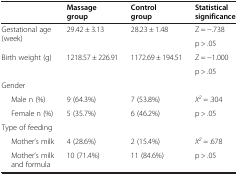
|  | Massage group | Control group | Statistical significance |
 | --- | --- | --- | --- |
 | <ROWSPAN=2> Gestational age (week) | <ROWSPAN=2> 29.42 ± 3.13 | <ROWSPAN=2> 28.23 ± 1.48 | Z = −.738 |
 | p > .05 |
 | <ROWSPAN=2> Birth weight (g) | <ROWSPAN=2> 1218.57 ± 226.91 | <ROWSPAN=2> 1172.69 ± 194.51 | Z = −1.000 |
 | p > .05 |
 | Gender |  |  |  |
 | Male n (%) | 9 (64.3%) | 7 (53.8%) | X2 = .304 |
 | Female n (%) | 5 (35.7%) | 6 (46.2%) | p > .05 |
 | Type of feeding |  |  |  |
 | Mother’s milk | 4 (28.6%) | 2 (15.4%) | X2 = .678 |
 | Mother’s milk and formula | 10 (71.4%) | 11 (84.6%) | p > .05 |